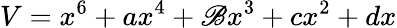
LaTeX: V=x^{6}+ax^{4}+\mathscr{B}x^{3}+cx^{2}+dx